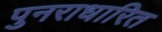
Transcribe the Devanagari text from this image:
पुनराधारित